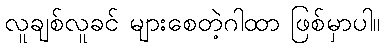
လူချစ်လူခင် များစေတဲ့ဂါထာ ဖြစ်မှာပါ။